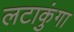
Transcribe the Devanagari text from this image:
लटाकुंगा